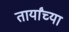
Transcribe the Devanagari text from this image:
तार्यांच्या